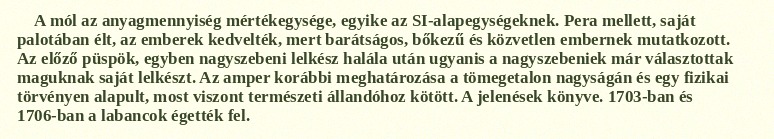
A mól az anyagmennyiség mértékegysége, egyike az SI-alapegységeknek. Pera mellett, saját palotában élt, az emberek kedvelték, mert barátságos, bőkezű és közvetlen embernek mutatkozott. Az előző püspök, egyben nagyszebeni lelkész halála után ugyanis a nagyszebeniek már választottak maguknak saját lelkészt. Az amper korábbi meghatározása a tömegetalon nagyságán és egy fizikai törvényen alapult, most viszont természeti állandóhoz kötött. A jelenések könyve. 1703-ban és 1706-ban a labancok égették fel.